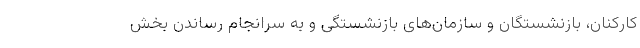
کارکنان، بازنشستگان و سازمان‌های بازنشستگی و به سرانجام رساندن بخش